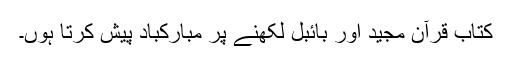
کتاب قرآن مجید اور بائبل لکھنے پر مبارکباد پیش کرتا ہوں۔